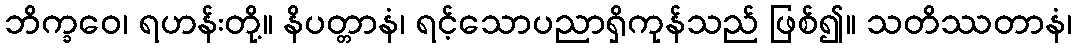
ဘိက္ခဝေ၊ ရဟန်းတို့။ နိပတ္တာနံ၊ ရင့်သောပညာရှိကုန်သည် ဖြစ်၍။ သတိဿတာနံ၊